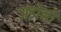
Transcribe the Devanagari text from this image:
अडोर्नो